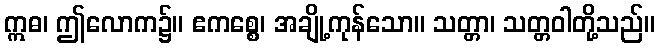
ဣဓ၊ ဤလောက၌။ ဧကစ္စေ၊ အချို့ကုန်သော။ သတ္တာ၊ သတ္တဝါတို့သည်။